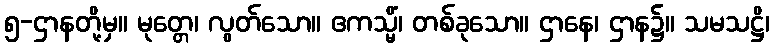
၅-ဌာနတို့မှ။ မုတ္တေ၊ လွတ်သော။ ဧကသ္မိံ၊ တစ်ခုသော။ ဌာနေ၊ ဌာန၌။ သမသဋ္ဌိ၊